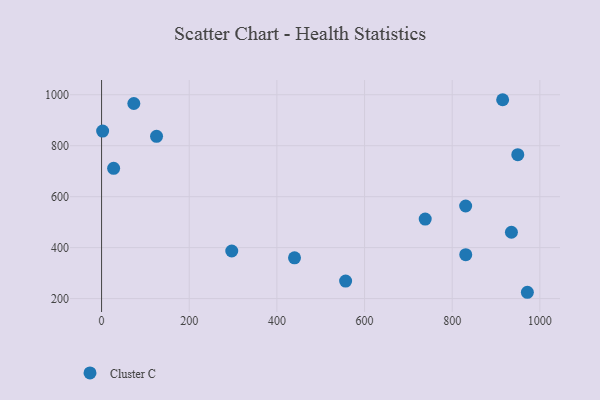
{"axis": {"x": "Distance", "y": "Fuel Efficiency"}, "legend": ["Cluster C"], "data": [{"x": "125.4", "y": 836.8, "type": "Cluster C"}, {"x": "915.1", "y": 980.5, "type": "Cluster C"}, {"x": "73.6", "y": 965.7, "type": "Cluster C"}, {"x": "935.1", "y": 460.3, "type": "Cluster C"}, {"x": "297.0", "y": 386.8, "type": "Cluster C"}, {"x": "971.5", "y": 224.8, "type": "Cluster C"}, {"x": "949.6", "y": 764.9, "type": "Cluster C"}, {"x": "830.7", "y": 563.5, "type": "Cluster C"}, {"x": "440.2", "y": 360.1, "type": "Cluster C"}, {"x": "27.5", "y": 711.4, "type": "Cluster C"}, {"x": "2.4", "y": 857.6, "type": "Cluster C"}, {"x": "830.9", "y": 372.3, "type": "Cluster C"}, {"x": "556.8", "y": 268.6, "type": "Cluster C"}, {"x": "738.4", "y": 512.2, "type": "Cluster C"}]}